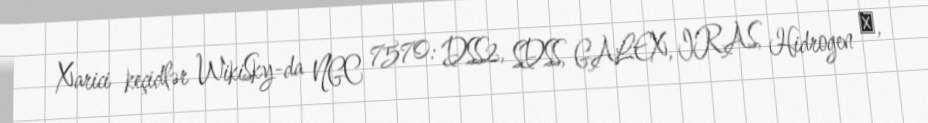
Xarici keçidlər WikiSky-da NGC 7570: DSS2, SDSS, GALEX, IRAS, Hidrogen α,